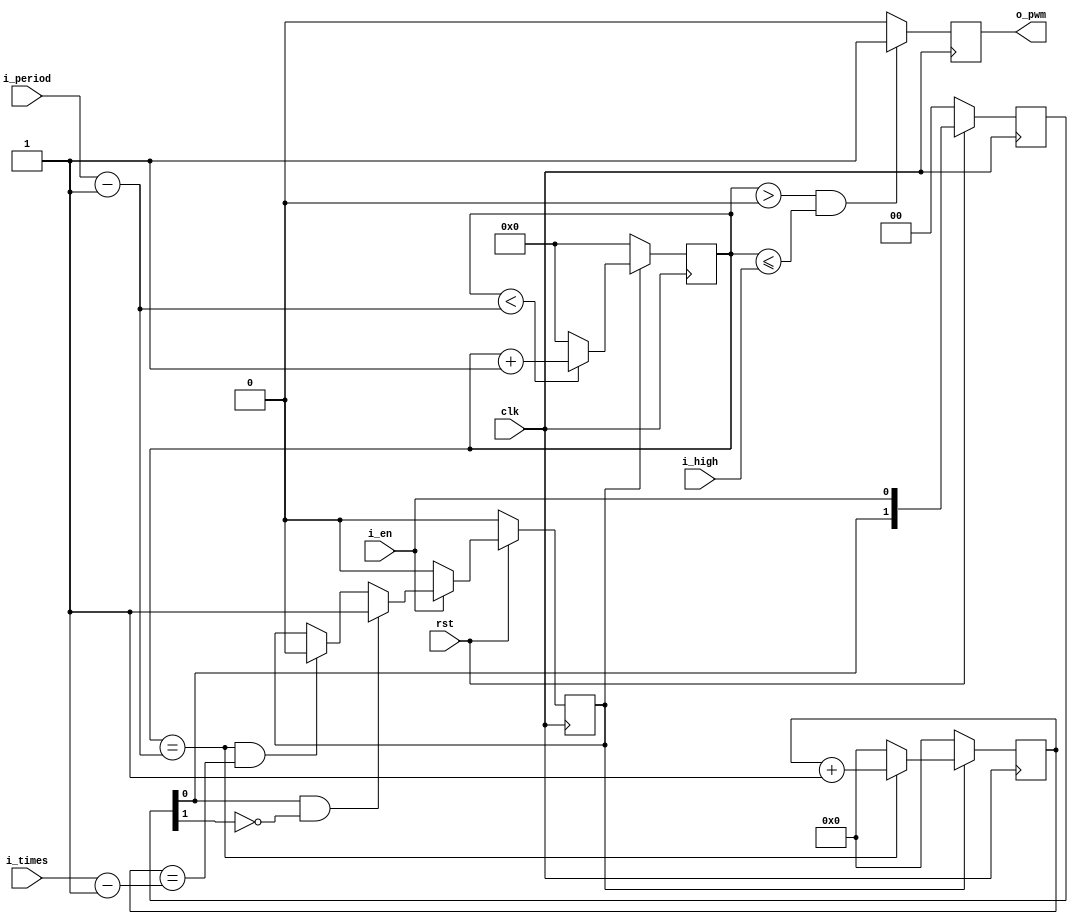
// This program was cloned from: https://github.com/MongooseOrion/FPGA_atoms
// License: MIT License

//
//  PWM 
//
// 
module pwm_prim(
    input               clk,
    input               rst,
    input               i_en,
    input       [31:0]  i_period,
    input       [31:0]  i_high,
    input       [15:0]  i_times,
    output reg          o_pwm
);

reg  [1:0]  r_en;
reg         r_en_cnt;
reg  [31:0] r_period_cnt;
reg  [15:0] r_times_cnt;
wire        w_pos_en;
wire        w_neg_en;
wire        w_end;


// 
always@(posedge clk) begin
    if(!rst) begin
        r_en <= 'b0;
    end
    else begin
        r_en <= {r_en[0],i_en};
    end
end
assign w_pos_en = r_en[0] & ~r_en[1];
assign w_neg_en = r_en[1] & ~r_en[0];


//  pwm 
assign w_end = (r_period_cnt == (i_period-1'b1)) && (r_times_cnt == (i_times-1'b1));


// 
always@(posedge clk) begin
    if(!rst) begin
        r_en_cnt <= 'b0;
    end
    else if(i_en == 1'b0) begin
        r_en_cnt <= 'b0;
    end
    else if(w_pos_en) begin
        r_en_cnt <= 1'b1;
    end
    else if(w_end) begin
        r_en_cnt <= 1'b0;
    end
    else begin
        r_en_cnt <= r_en_cnt;
    end
end


// 
always@(posedge clk) begin
    if(!r_en_cnt) begin
        r_period_cnt <= 'b0;
    end
    else if(r_period_cnt < (i_period-1)) begin
        r_period_cnt <= r_period_cnt+1'b1;
    end
    else begin
        r_period_cnt <= 'b0;
    end
end


// 
always@(posedge clk) begin
    if(!r_en_cnt) begin
        r_times_cnt <= 'b0;
    end
    else if(r_period_cnt == (i_period-1)) begin
        r_times_cnt <= r_times_cnt + 1'b1;
    end
    else begin
        r_times_cnt <= 'b0;
    end
end


//  pwm 
always@(posedge clk) begin
    if((r_period_cnt > 32'b0) && (r_period_cnt <= i_high)) begin
        o_pwm <= 1'b1;
    end
    else begin
        o_pwm <= 'b0;
    end
end

endmodule